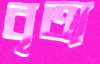
বৃত্য